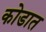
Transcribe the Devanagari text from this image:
कोडात